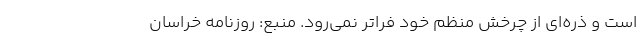
است و ذره‌ای از چرخش منظم خود فراتر نمی‌رود. منبع: روزنامه خراسان